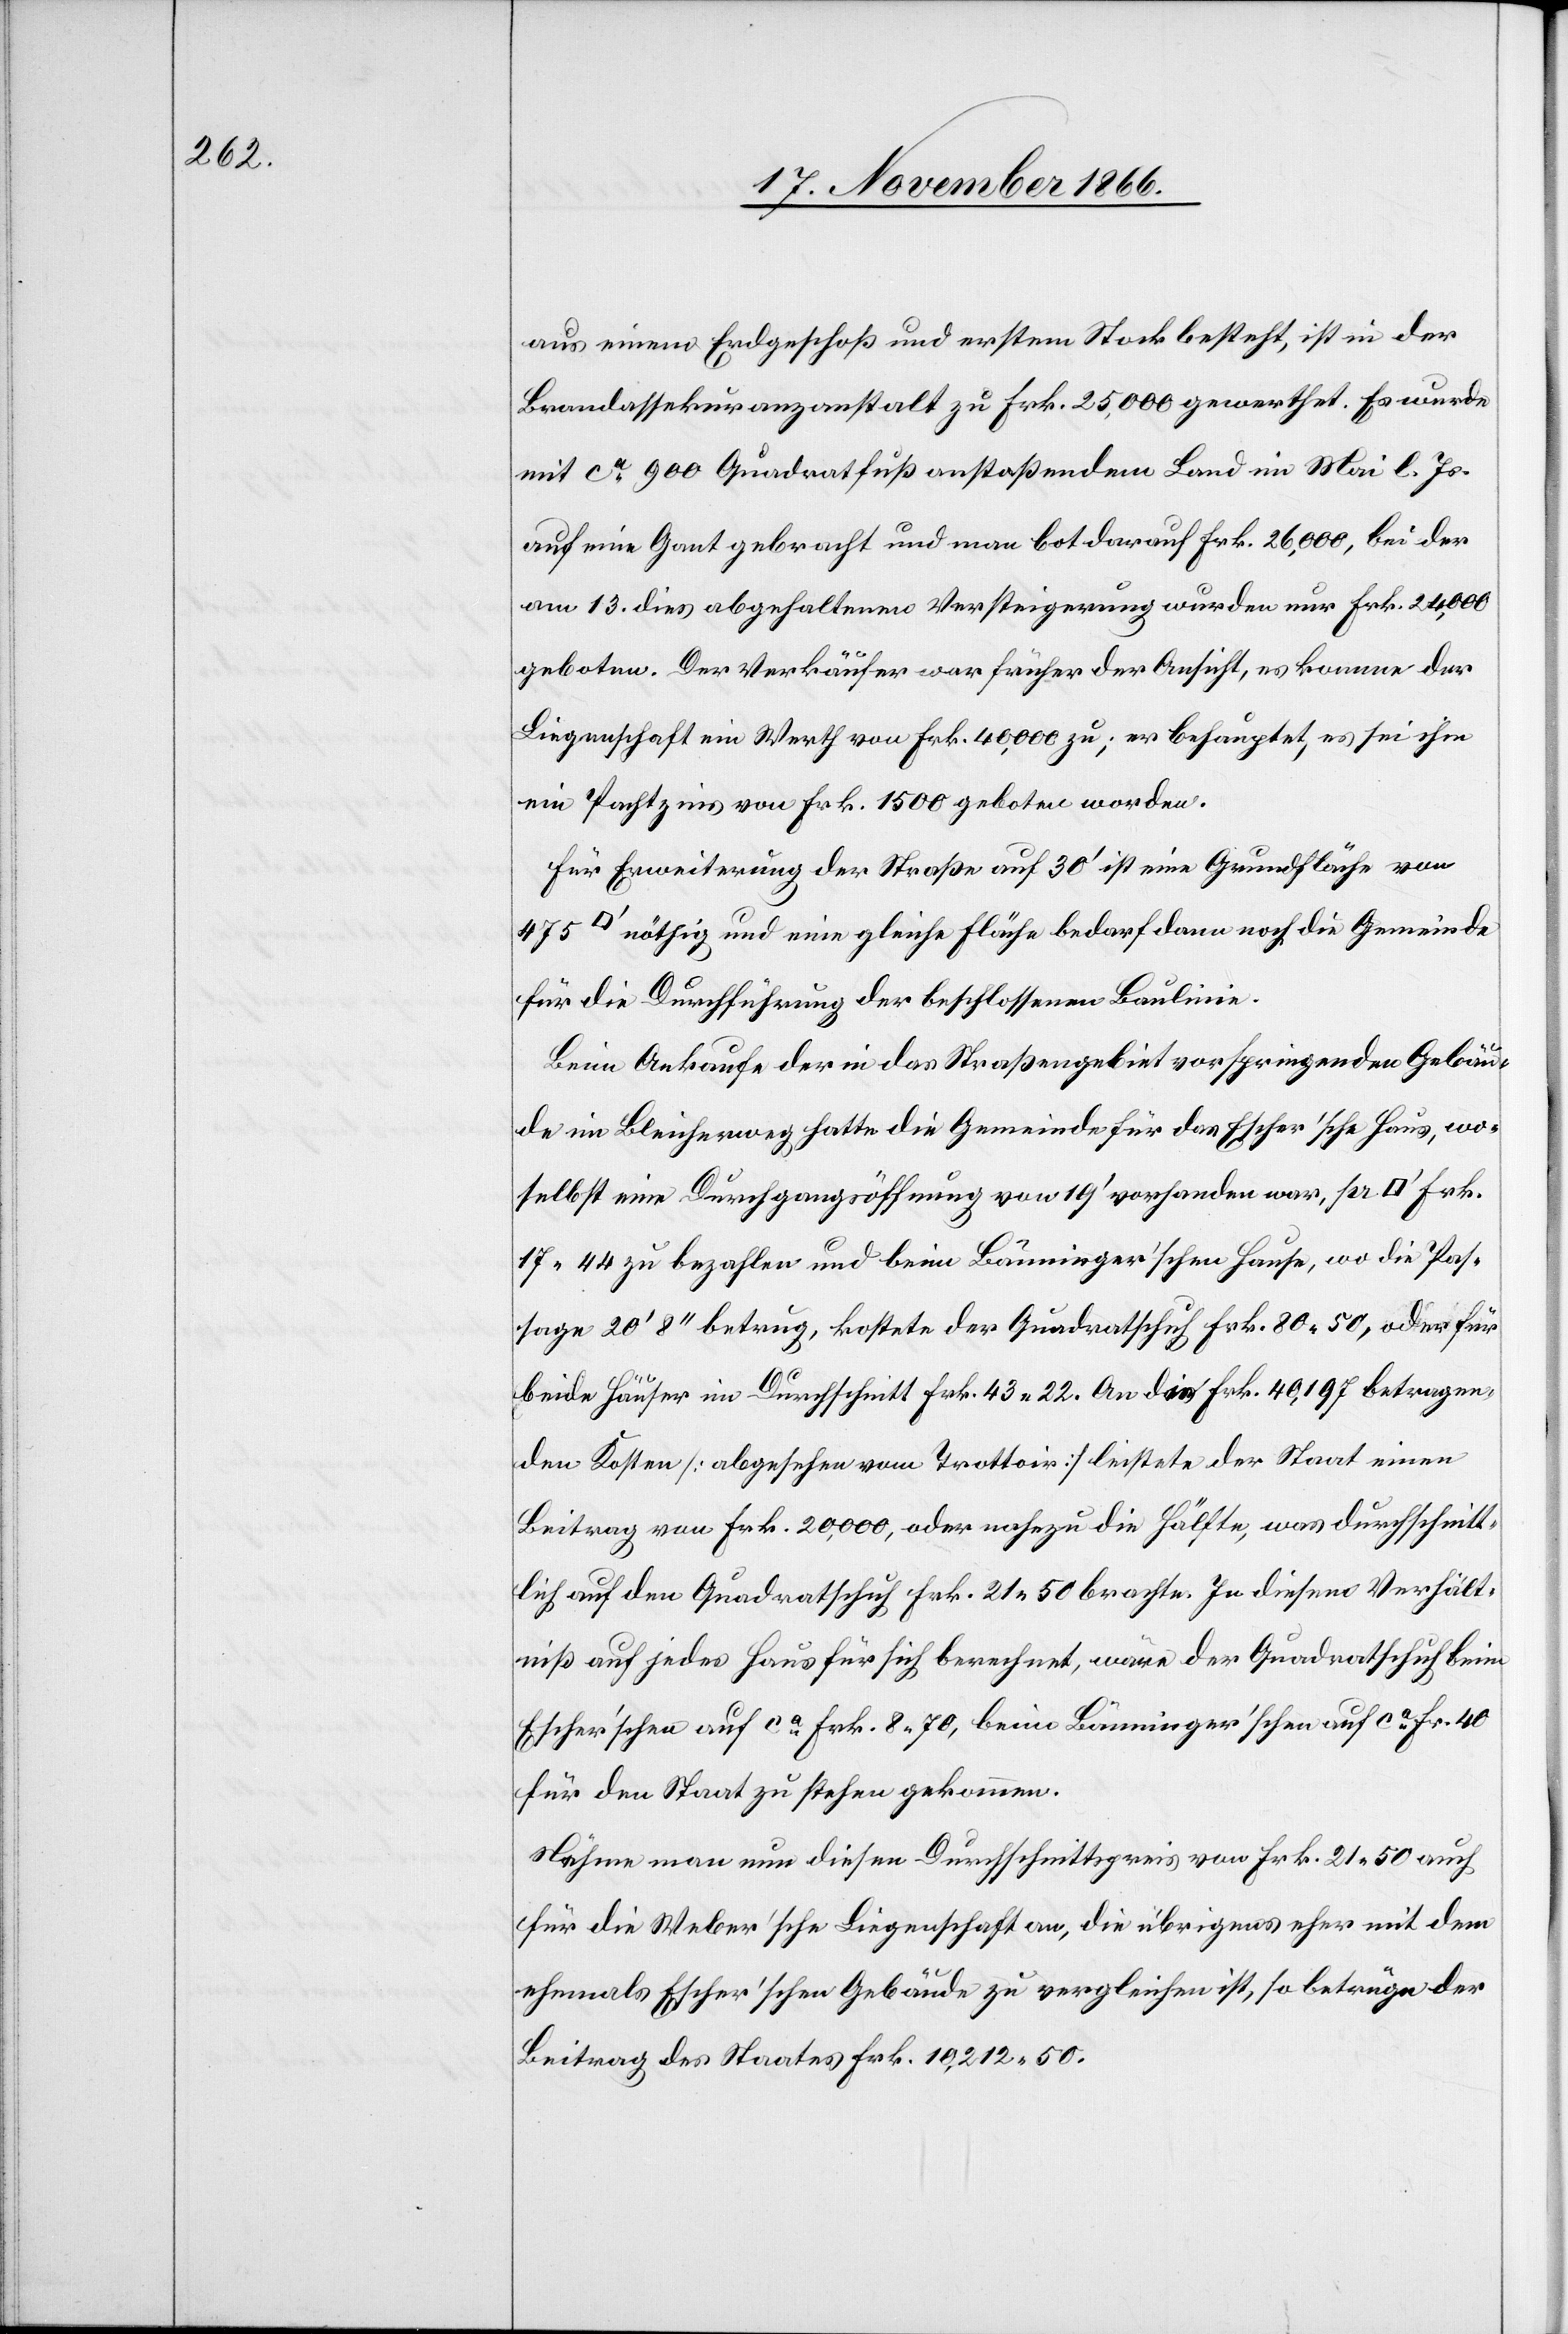
aus einem Erdgeschoß und ersten Stock besteht, ist in der
Brandassekuranzanstalt zu Frk. 25 000 gewerthet. Es wurde
mit ca. 900 Quadratfuß anstoßendem Land im Mai l. Js.
auf eine Gant gebracht und man bot darauf Frk. 26 000, bei der
am 13. dies abgehaltenen Versteigerung wurden nur Frk. 24 000
geboten. Der Verkäufer war früher der Ansicht, es komme der
Liegenschaft ein Werth von Frk. 40 000 zu; er behauptet, es sei ihm
ein Pachtzins von Frk. 1500 geboten worden.
Für Erweiterung der Straße auf 30‘ ist eine Grundfläche von
nöthig und eine gleiche Fläche bedarf dann noch die Gemeinde
für die Durchführung der beschlossenen Baulinie.
Beim Ankaufe der in das Straßengebiet vorspringenden Gebäu¬
de im Bleicherweg hatte die Gemeinde für das Escher’sche Haus, wo¬
selbst eine Durchgangsöffnung von 19‘ vorhanden war, pr.
17.44 zu bezahlen und beim Bänninger’schen Hause, wo die Pas¬
sage 20‘ 8‘‘ betrug, kostete der Quadratschuh Frk. 80.50, oder für
beide Häuser im Durchschnitt Frk. 43.22. An die Frk. 40.197 betragen¬
den Kosten [abgesehen vom Trottoir] leistete der Staat einen
Beitrag von Frk. 20 000, oder nahezu die Hälfte, was durchschnitt¬
lich auf den Quadratschuh Frk. 21.50 brachte. In diesem Verhält¬
niß auf jedes Haus für sich berechnet, wäre der Quadratschuh beim
Escher’schen auf ca. Frk. 8.70, beim Bänninger’schen auf ca. Fr. 40
für den Staat zu stehen gekommen.
Nähme man nun diesen Durchschnittspreis von Frk. 21.50 auch
für die Weber’sche Liegenschaft an, die übrigens eher mit dem
ehemals Escher’schen Gebäude zu vergleichen ist, so betrüge der
Beitrag des Staates Frk. 10 212.50.